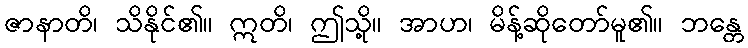
ဇာနာတိ၊ သိနိုင်၏။ ဣတိ၊ ဤသို့။ အာဟ၊ မိန့်ဆိုတော်မူ၏။ ဘန္တေ